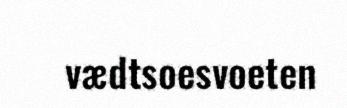
vædtsoesvoeten